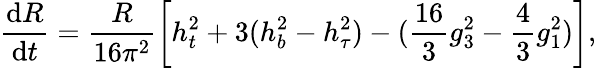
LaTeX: \frac{\mathrm{d}R}{\mathrm{d}t}=\frac{R}{16\pi^{2}}\left[h_{t}^{2}+3(h_{b}^{2}-h_{\tau}^{2})-(\frac{16}{3}g_{3}^{2}-\frac{4}{3}g_{1}^{2})\right],